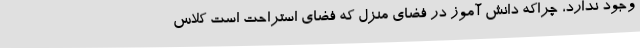
وجود ندارد، چراکه دانش آموز در فضای منزل که فضای استراحت است کلاس